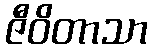
ဇီဝိတာသာ